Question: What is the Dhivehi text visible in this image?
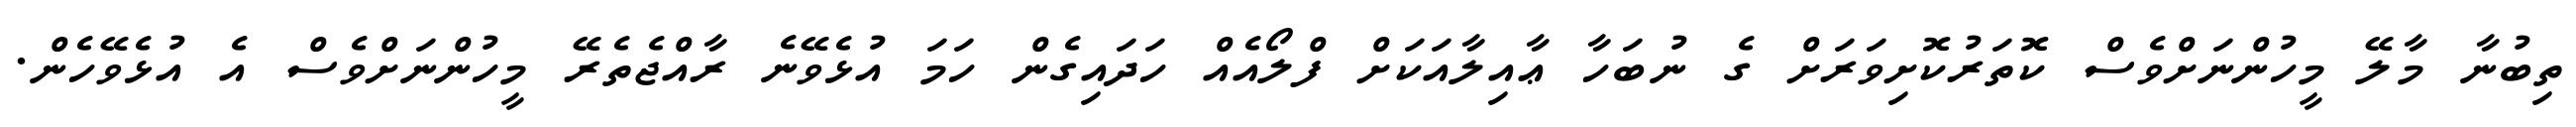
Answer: ތިބުނާ މާލޭ މީހުންނަށްވެސް ކޮތަރުކޮށިވަރަށް ގެ ނުބަހާ ޢާއިލާއަކަށް ފްލޯއެއް ހަދައިގެން ހަމަ އުޅެވޭނެ ރާއްޖެތެރޭ މީހުންނަށްވެސް އެ އުޅެވޭހެން.